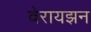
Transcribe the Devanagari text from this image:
वेरायझन